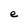
Character: e